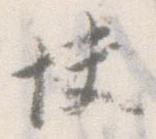
快